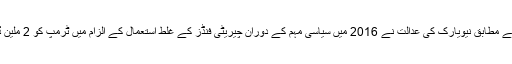
برطانوی نشریاتی ادارے کے مطابق نیویارک کی عدالت نے 2016 میں سیاسی مہم کے دوران چیریٹی فنڈز کے غلط استعمال کے الزام میں ٹرمپ کو 2 ملین ڈالر ادائیگی کا حکم دیا ہے۔